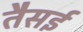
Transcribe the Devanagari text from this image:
तैसई